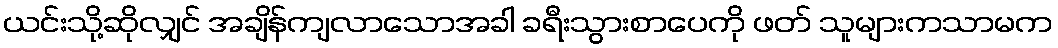
ယင်းသို့ဆိုလျှင် အချိန်ကျလာသောအခါ ခရီးသွားစာပေကို ဖတ် သူများကသာမက